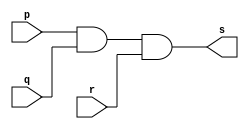
// ------------------------- 
// Exemplo0009 - and (3 PORTAS)
// Nome: Eduardo Manoel de Paula Junior
// ------------------------- 

// ------------------------- 
// -- buffer 
// ------------------------- 
module and3gate (output s, input p, input q, input r); 
 assign s = (p & q & r) ; 
 //como tratamos da operacao logica AND ela pode ser
 //escrita em qualquer ordem pois ela eh comutativa(ordem nao importa)
endmodule //and3gate
 
// ------------------------- 
// -- test buffer 
// ------------------------- 
module testand3gate; 
// ------------------------- dados locais 
   reg   a, b, c;    // definir registrador 
                   // (variavel independente) 
   wire  s;    // definir conexao (fio) 
                   // (variavel dependente   ) 
// ------------------------- instancia 
   and3gate AND3GATE1 (s, a, b, c); 
// ------------------------- preparacao 
   initial begin:start 
      a=0; b=0; c=0;
    end 
// ------------------------- parte principal 
 initial begin:main 
  $display("Exemplo 0009 - Eduardo Manoel - 427396"); 
  $display("Test and3gate:"); 
  $display("\na AND b AND c = s\n"); 
  $monitor(" %b AND %b AND %b = %b", a, b, c, s);
  #1 c=1;
  #2 b=1; c=0;
  #3 c=1;
  #4 a=1;b=0;c=0;
  #5 c=1;
  #6 b=1; c=0;
  #7 c=1;
 end 
 
endmodule // testand3gate